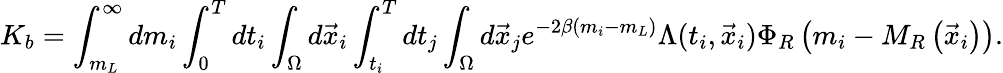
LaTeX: K_{b}=\int_{m_{L}}^{\infty}dm_{i}\int_{0}^{T}dt_{i}\int_{\Omega}d\vec{x}_{i}\int_{t_{i}}^{T}dt_{j}\int_{\Omega}d\vec{x}_{j}e^{-2\beta(m_{i}-m_{L})}\Lambda(t_{i},\vec{x}_{i})\Phi_{R}\left(m_{i}-M_{R}\left(\vec{x}_{i}\right)\right).